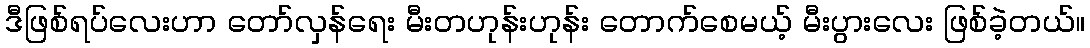
ဒီဖြစ်ရပ်လေးဟာ တော်လှန်ရေး မီးတဟုန်းဟုန်း တောက်စေမယ့် မီးပွားလေး ဖြစ်ခဲ့တယ်။